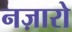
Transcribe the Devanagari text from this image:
नज़ारो